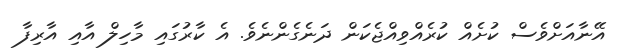
އޭނާއަށްވެސް ކުށެއް ކުރެއްވިއްޖެކަން ދަނެގެންނެވެ. އެ ކާރުގައި މާހިލް އާއި އާރިފާ